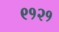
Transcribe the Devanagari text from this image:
९१२१